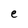
Character: e